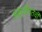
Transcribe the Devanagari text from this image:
असुरक्षीततेची